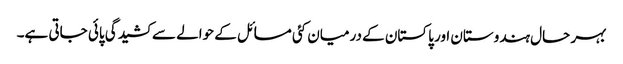
بہر حال ہندوستان اور پاکستان کے درمیان کئی مسائل کے حوالے سے کشیدگی پائی جاتی ہے۔